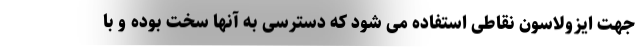
جهت ایزولاسون نقاطی استفاده می شود که دسترسی به آنها سخت بوده و با